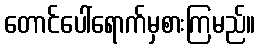
တောင်ပေါ်ရောက်မှစားကြမည်။